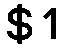
$1